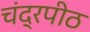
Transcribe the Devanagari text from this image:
चंद्रपीठ